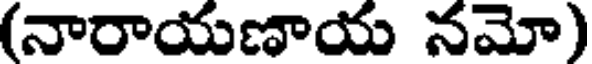
(నారాయణాయ నమో)